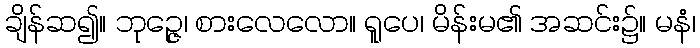
ချိန်ဆ၍။ ဘုဉ္ဇေ၊ စားလေလော။ ရူပေ၊ မိန်းမ၏ အဆင်း၌။ မနံ၊